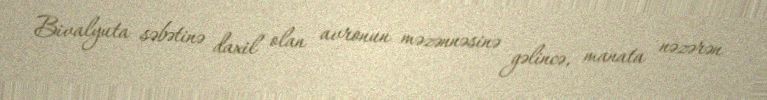
Bivalyuta səbətinə daxil olan avronun məzənnəsinə gəlincə, manata nəzərən